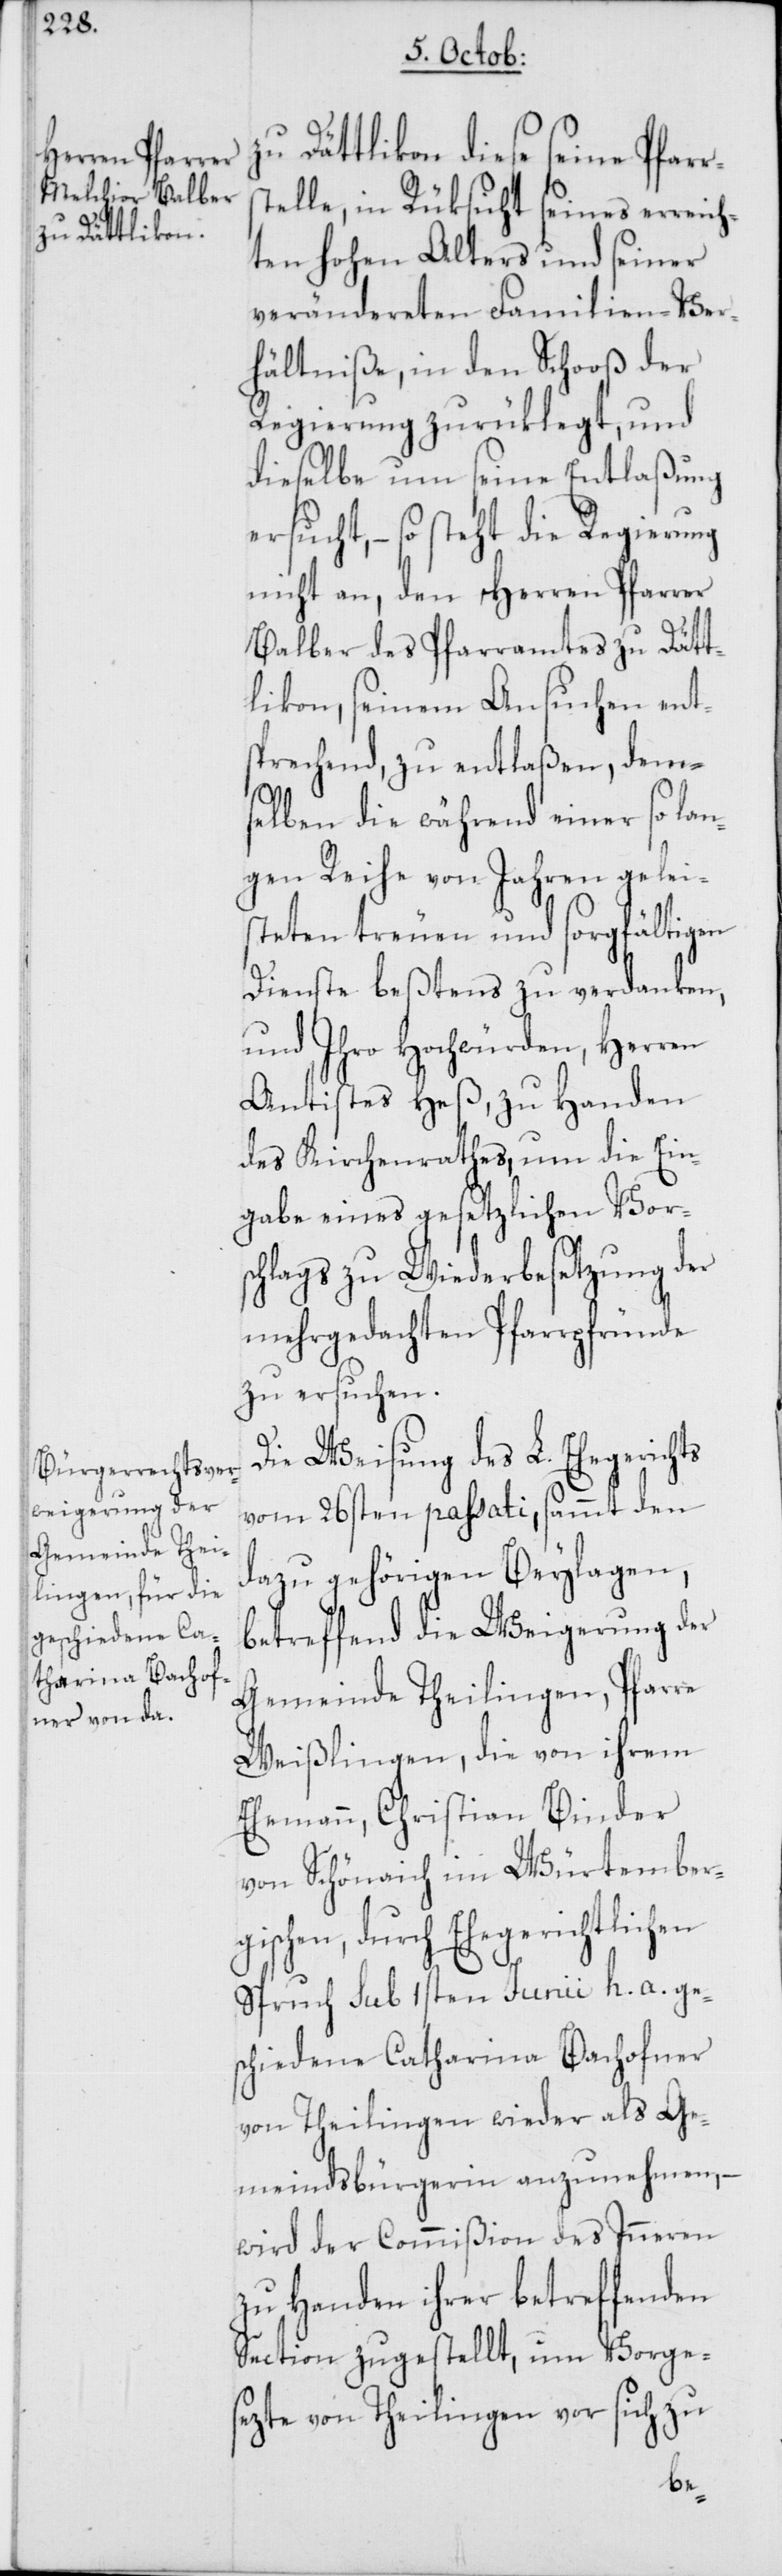
zu Dättlikon diese seine Pfar¬
telle, in Rüksicht seines erreich¬
ten hohen Alters und seiner
verändereten Familien-Ver¬
hältniße, in den Schooß der
Regierung zurüklegt, und
dieselbe um seine Entlaßung
ersucht, – so steht die Regierung
nicht an, den Herren Pfarrer
Balber des Pfarramtes zu Dätt¬
likon, seinem Ansuchen ents¬
prechend, zu entlaßen, dem¬
selben die während einer so lan¬
gen Reihe von Jahren gelei¬
steten treuen und sorgfältigen
Dienste beßtens zu verdanken,
und Ihro Hochwürden, Herren
Antistes Heß, zu Handen
des Kirchenrathes, um die Ein¬
gabe eines gesetzlichen Vors¬
chlags zu Wiederbesetzung der
mehrgedachten Pfarrpfründe
zu ersuchen.
Die Weisung des L. Ehegerichts
vom 26sten passati, sammt den
dazu gehörigen Beylagen,
betreffend die Weigerung der
Gemeinde Theilingen, Pfarre
Weißlingen, die von ihrem
Ehemann, Christian Binder
von Schönaich im Würtember¬
gischen, durch Ehegerichtlichen
Spruch sub 1sten Junii h. a. ges¬
chiedene Catharina Bachofner
von Theilingen wieder als Ge¬
meindsbürgerin anzunehmen, –
wird der Commißion des Inneren
zu Handen ihrer betreffenden
Section zugestellt, um Vorge¬
sezte von Theilingen vor sich zu
rs¬